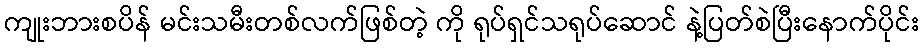
ကျုးဘားစပိန် မင်းသမီးတစ်လက်ဖြစ်တဲ့ ကို ရုပ်ရှင်သရုပ်ဆောင် နဲ့ပြတ်စဲပြီးနောက်ပိုင်း